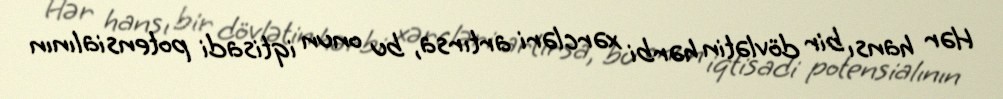
Hər hansı bir dövlətin hərbi xərcləri artırsa, bu onun iqtisadi potensialının